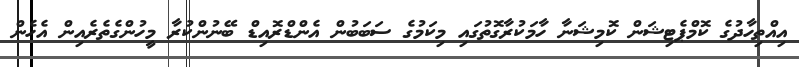
އިއްތިހާދުގެ ކޮމްޕެޓިޝަން ކޮމިޝަނާ ހާމަކުރާގޮތުގައި މިކަމުގެ ސަބަބުން އެންޑްރޮއިޑް ބޭނުންކުރާ މީހުންގެތެރެއިން އެހެން